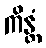
ကိန္တံ